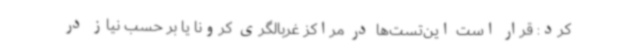
کرد: قرار است این‌تست‌ها در مراکز غربالگری کرونا یا بر حسب نیاز در